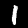
Label: 1